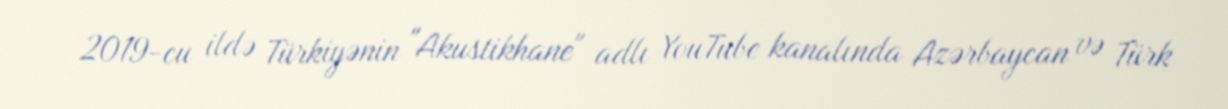
2019-cu ildə Türkiyənin "Akustikhane" adlı YouTube kanalında Azərbaycan və Türk